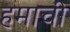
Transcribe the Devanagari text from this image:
हमाची